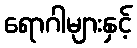
ရောဂါများနှင့်